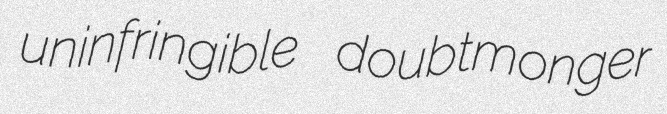
uninfringible doubtmonger